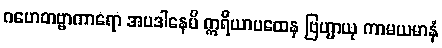
ဂဟေတဗ္ဗာကာရော အပဒါနေပိ ဣရိယာပထေန ဗြဟ္မာယု ကာမယမာနံ